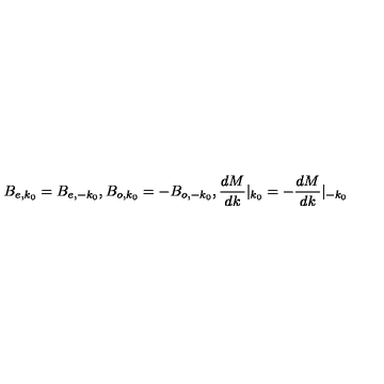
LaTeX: B _ { e , k _ { 0 } } = B _ { e , - k _ { 0 } } , B _ { o , k _ { 0 } } = - B _ { o , - k _ { 0 } } , \frac { d M } { d k } | _ { k _ { 0 } } = - \frac { d M } { d k } | _ { - k _ { 0 } }